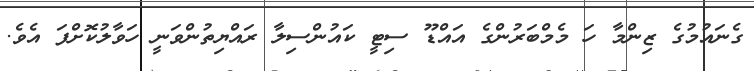
ގެނައުމުގެ ޒިންމާ ހަ މެމްބަރުންގެ އައްޑޫ ސިޓީ ކައުންސިލާ ރައްޔިތުންވަނީ ހަވާލުކޮށްފަ އެވެ.